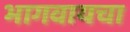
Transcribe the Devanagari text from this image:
भागवायचा